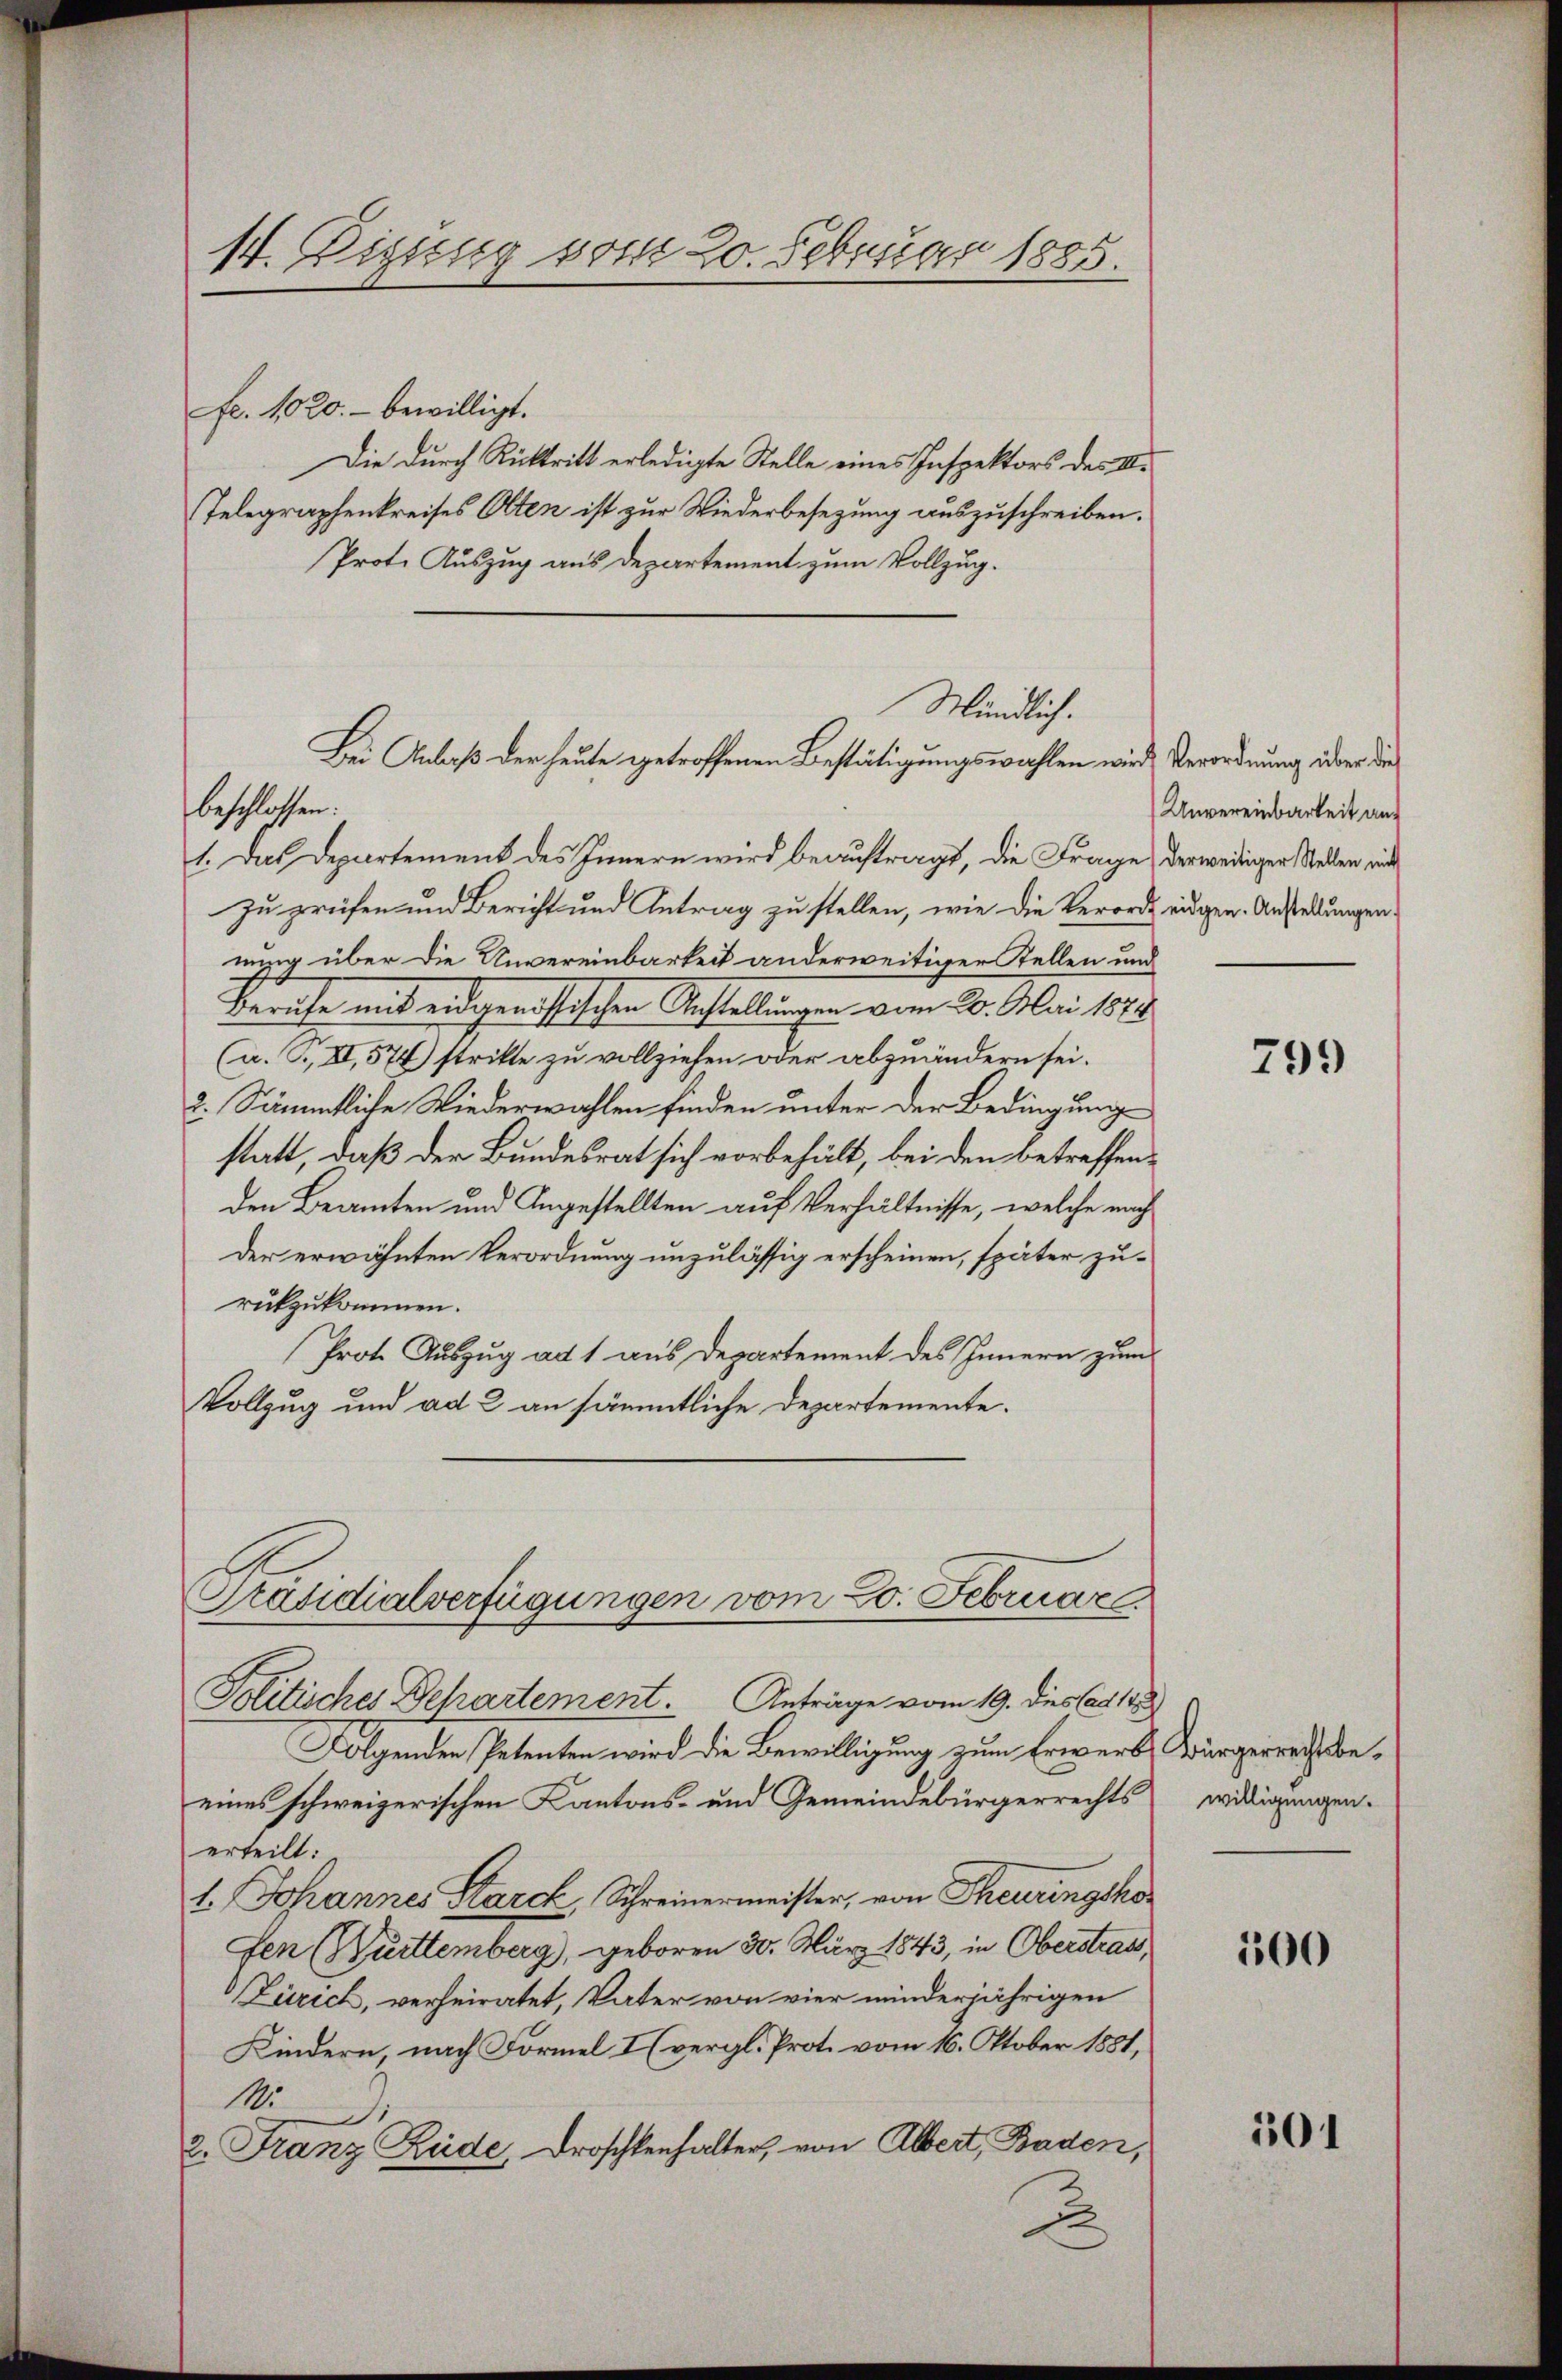
14. Digung vom 20. Februar 1885.

Fr. 1020.- bewilligt.
Die durch Rücktritt erledigte Stelle eines Inspektors des II.
Telegraphenkreises Olten ist zur Niederbesezung auszuschreiben.
Prote Auszug aus Departement zum Vollzug.
1. Das Departement des Innern wird beauftragt, die Frage, derweidiger Stellen mit
zu prüfen und Bericht und Antrag zu stellen, wie die Verorde eidgen. Anstellungen.
nung über die Unvereinbarkeit anderweitiger Stellen und
Beruhe mit eidgeristischen Anstellungen vom 20. Mai 1873.
(a. G., XI, 574) stritte zu vollziehen oder abzuändern sei.
2. Sämmtliche Wiederwahlen finden unter der Bedingung
statt, daß der Bundesrat sich vorbehält, bei den betreffenden Beamten und Angestellten auf Verhältnisse, welche nach
der erwähnten Verordnung unzulässig erscheinen, später zurückzukommen.
Prot. Auszug ad 1 aus Departement des Innern zum
Vollzug und ad 2 an sämmtliche Departemente.
Präsidialverfügungen vom 20. Februar
Politisches Departement. Anträge vom 19. dies Cat 188
Folgenden Petenten wird die Bewilligung zum Erwerbs Bürgerrechtsbeeines schweizerischen Kantons- und Gemeindebürgerrechts eidigungen.
erteilt:
1. Johannes Starck, Schreinermeister, von Theurungskofen (Burttemberg, geboren 30. März 1843, in Oberstrats,
Zürich, verheiratet, Vater von vier minderjährigen
Kindern, nach Formel I (vergl. Prot. vom 16. Oktober 1881,
11.
i
2. Franz Rede, Droschkenhalter, von Albert, Baden,
.

Mündlich.
Bei Anlaß der heute getroffenen Bestätigungswahlen wird Verordnung über die
beschlossen:

Unvereinbarkeit an¬

799

100

501